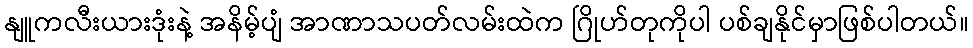
နျူကလီးယားဒုံးနဲ့ အနိမ့်ပျံ အာဏာသပတ်လမ်းထဲက ဂြိုဟ်တုကိုပါ ပစ်ချနိုင်မှာဖြစ်ပါတယ်။